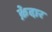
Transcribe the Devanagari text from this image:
क़ेदार